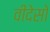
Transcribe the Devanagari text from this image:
वीदेसो